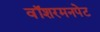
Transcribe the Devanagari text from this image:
वॉशरमनपेट